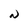
Character: N